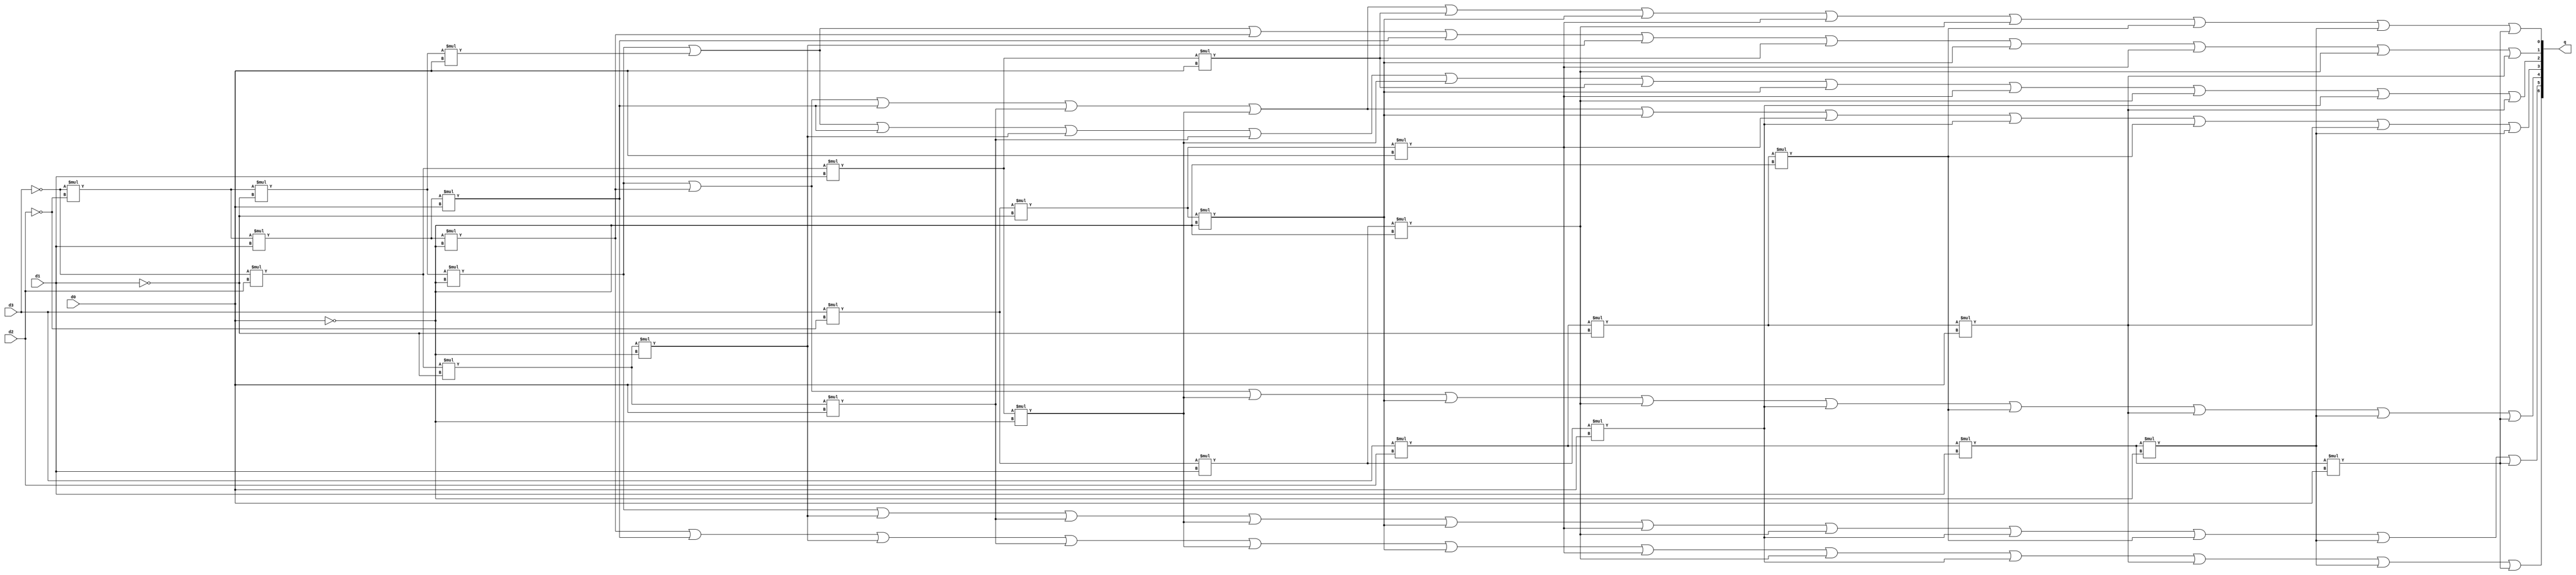
module part26(d0, d1, d2, d3, q);

input d0, d1, d2, d3;
output [6:0] q;
wire n0, n1, n2, n3, n4, n5, n6, n7, n8, n9, a, b, c, d, e, f;

assign n0 = ~d3 * ~d2 * ~d1 * ~d0;
assign n1 = ~d3 * ~d2 * ~d1 * d0;
assign n2 = ~d3 * ~d2 * d1 * ~d0;
assign n3 = ~d3 * ~d2 * d1 * d0;
assign n4 = ~d3 * d2 * ~d1 * ~d0;
assign n5 = ~d3 * d2 * ~d1 * d0;
assign n6 = ~d3 * d2 * d1 * ~d0;
assign n7 = ~d3 * d2 * d1 * d0;
assign n8 = d3 * ~d2 * ~d1 * ~d0;
assign n9 = d3 * ~d2 * ~d1 * d0;
assign a = d3 * ~d2 * d1 * ~d0;
assign b = d3 * ~d2 * d1 * d0;
assign c = d3 * d2 * ~d1 * ~d0;
assign d = d3 * d2 * ~d1 * d0;
assign e = d3 * d2 * d1 * ~d0;
assign f = d3 * d2 * d1 * d0;

assign q[0] = n0 | n2 | n3 | n5 | n6 | n7 | n8 | n9 | a | c | e | f;
assign q[1] = n0 | n1 | n2 | n3 | n4 | n7 | n8 | n9 | a | d;
assign q[2] = n0 | n1 | n3 | n4 | n5 | n6 | n7 | n8 | n9 | a | b | d;
assign q[3] = n0 | n2 | n3 | n5 | n6 | n8 | n9 | b | c | d | e;
assign q[4] = n0 | n2 | n6 | n8 | a | b | c | d | e | f;
assign q[5] = n0 | n4 | n5 | n6 | n8 | n9 | a | b | c |  e | f;
assign q[6] = n2 | n3 | n4 | n5 | n6 | n8 | n9 | a | b | d | e | f;

endmodule